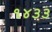
૧૪૩૩